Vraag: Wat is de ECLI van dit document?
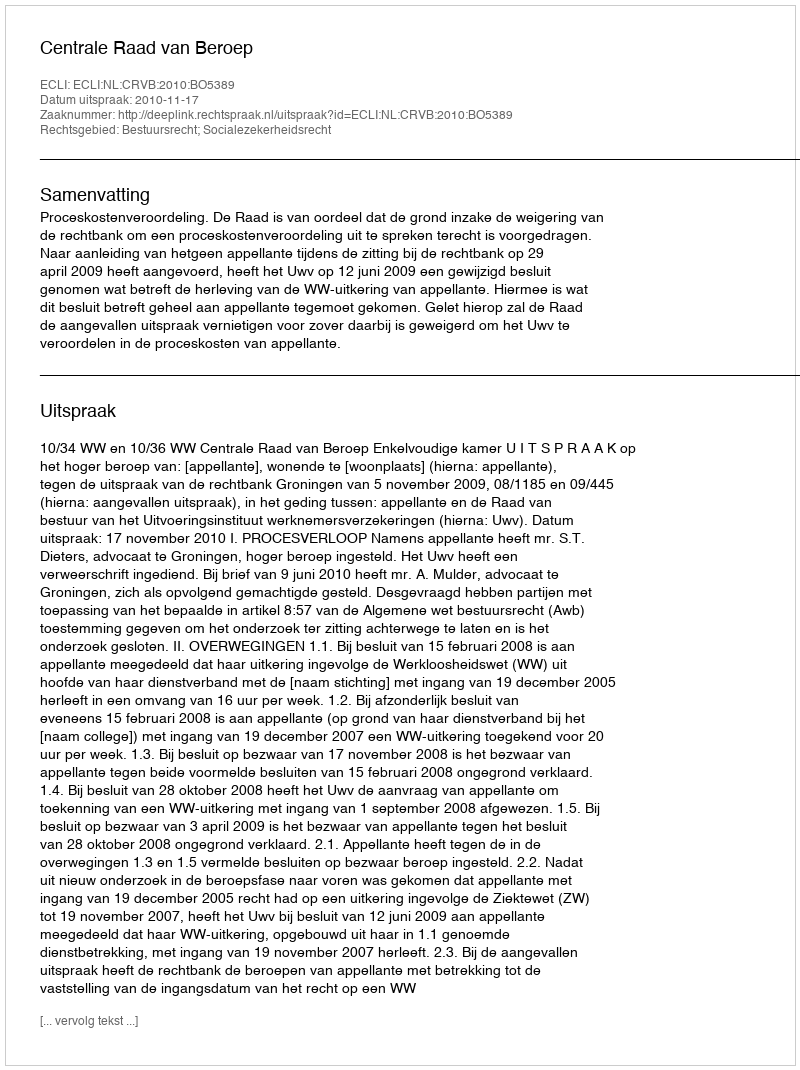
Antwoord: ECLI:NL:CRVB:2010:BO5389